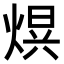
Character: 𭵒